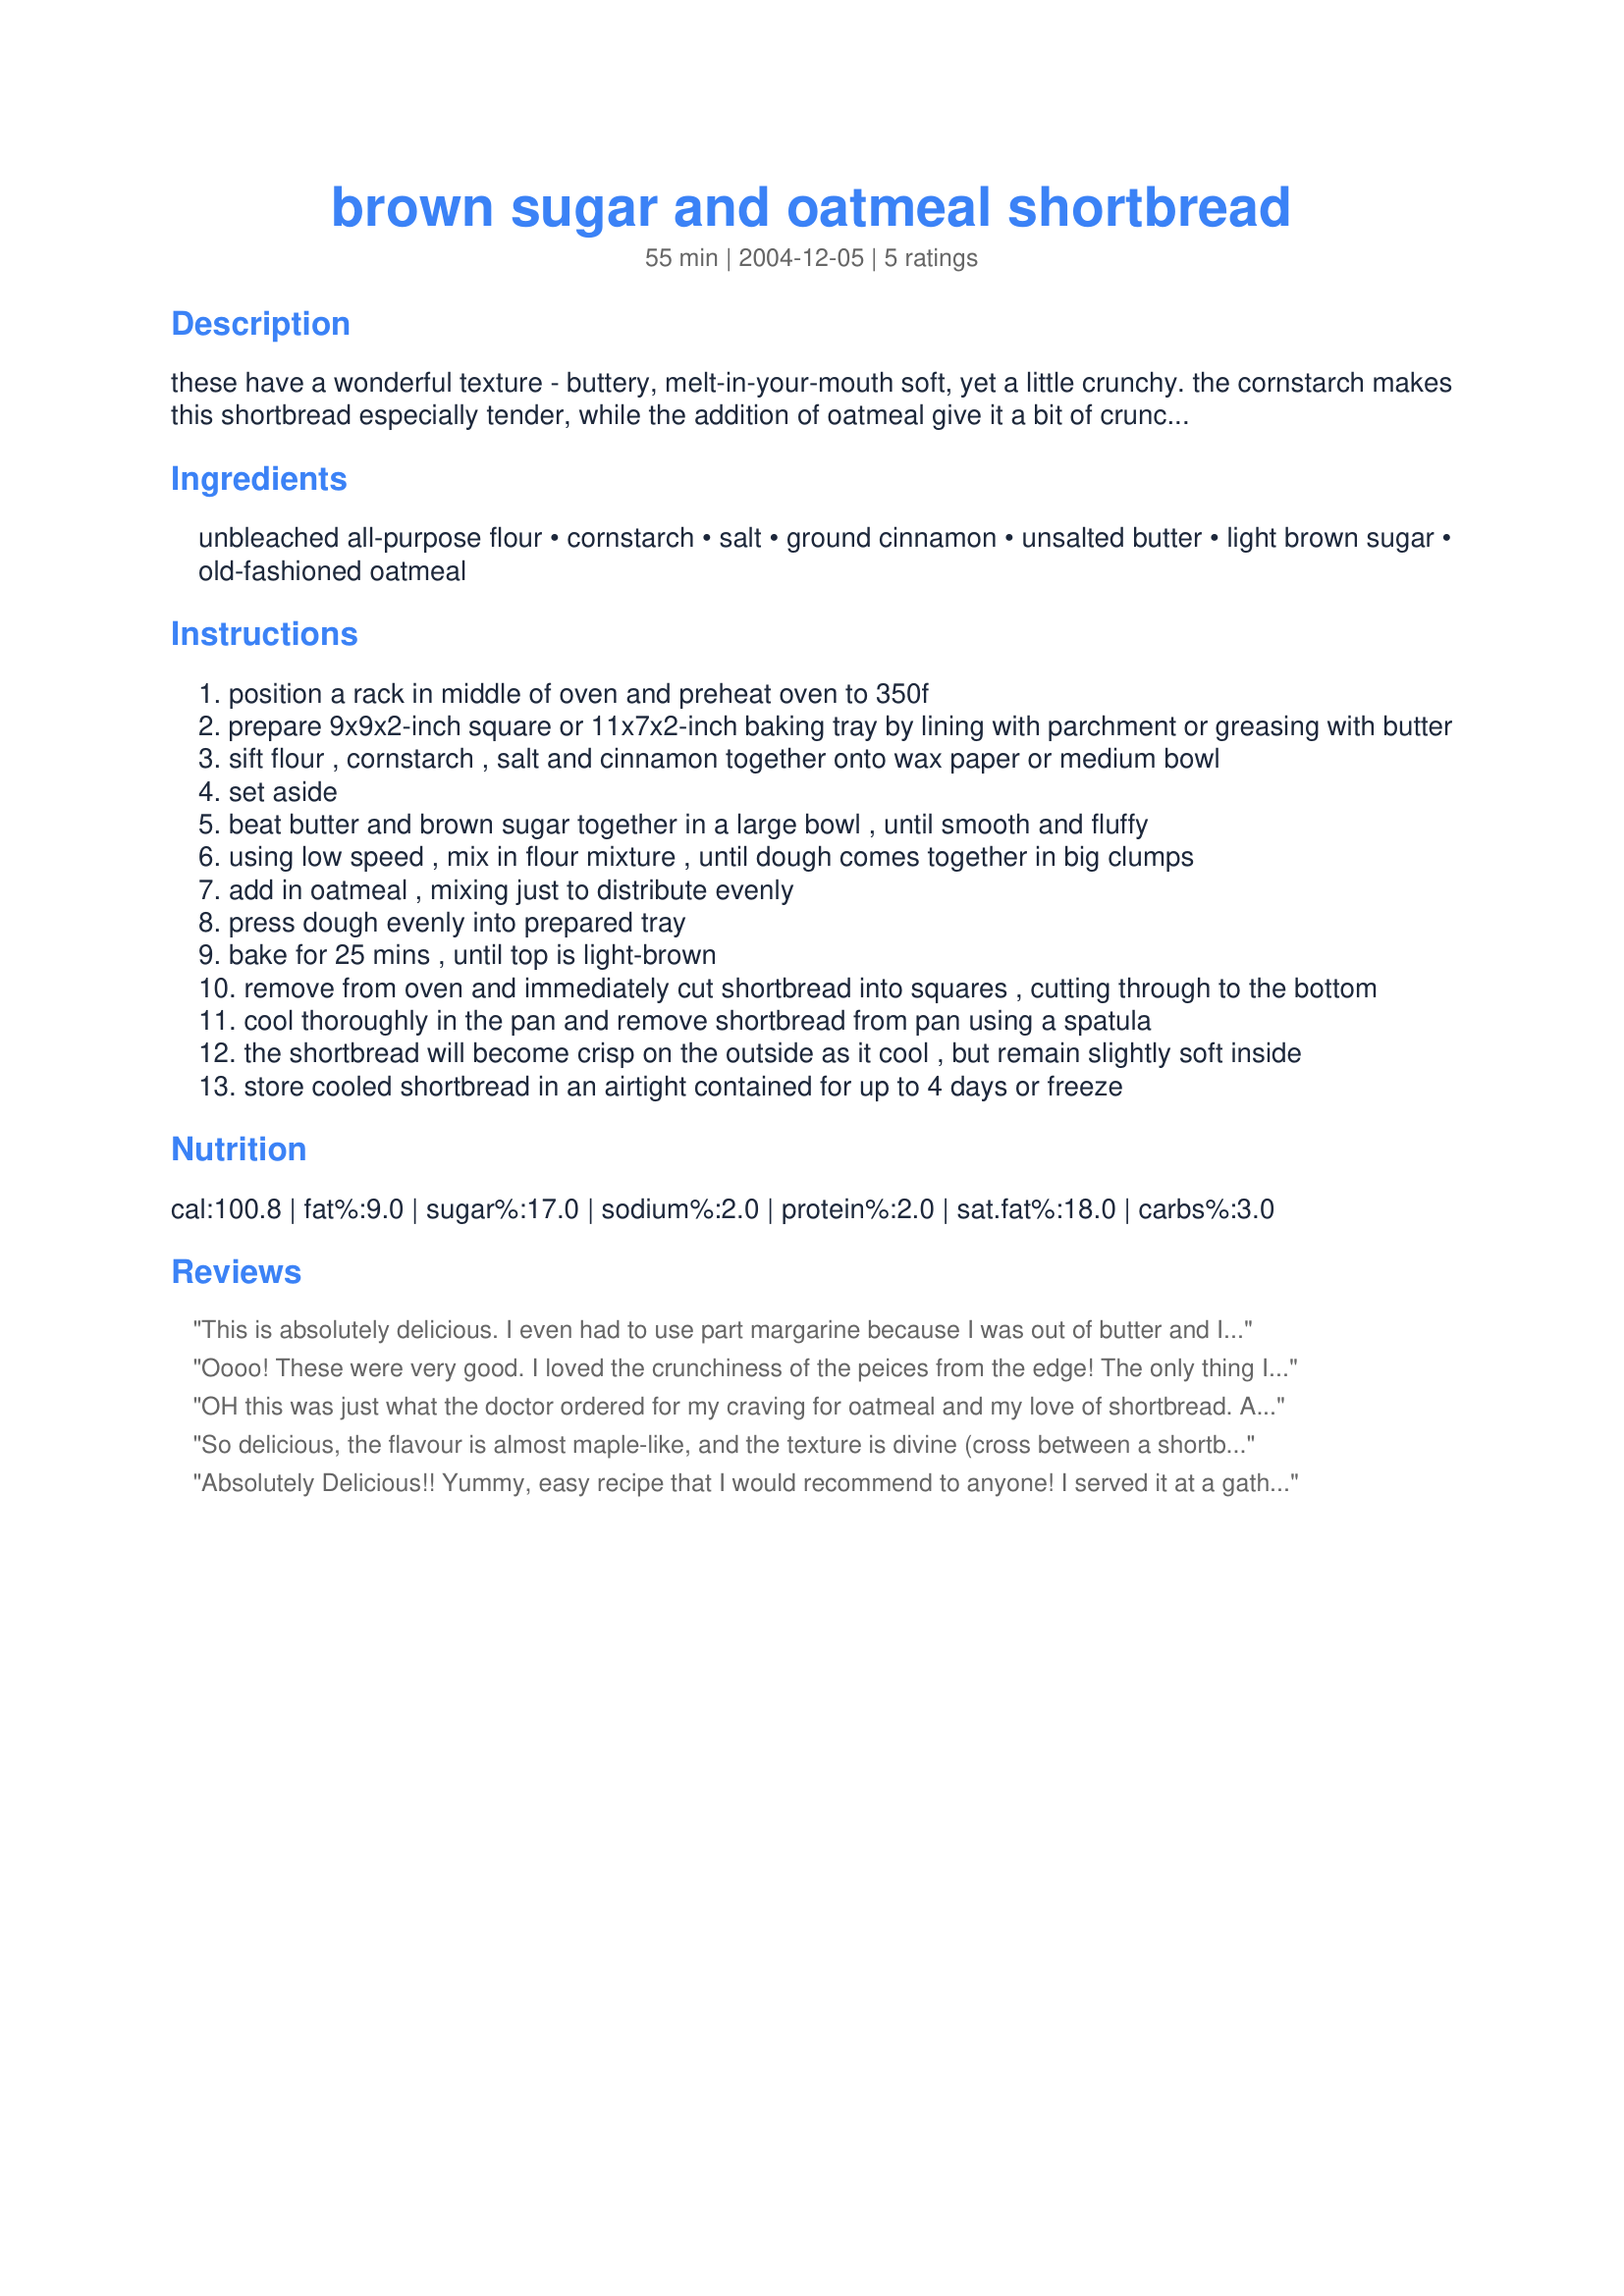
brown sugar and oatmeal shortbread
Preparation time: 55 minutes

these have a wonderful texture - buttery, melt-in-your-mouth soft, yet a little crunchy. the cornstarch makes this shortbread especially tender, while the addition of oatmeal give it a bit of crunch. using old-fashioned oats instead of quick-cooking will provide more crunch. recipe by elinor klivans. these can be made ahead and frozen up to 3 months. wrap them tightly with plastic wrap, then seal in a clean plastic/metal container.

Ingredients:
unbleached all-purpose flour, cornstarch, salt, ground cinnamon, unsalted butter, light brown sugar, old-fashioned oatmeal

Steps:
position a rack in middle of oven and preheat oven to 350f
prepare 9x9x2-inch square or 11x7x2-inch baking tray by lining with parchment or greasing with butter
sift flour , cornstarch , salt and cinnamon together onto wax paper or medium bowl
set aside
beat butter and brown sugar together in a large bowl , until smooth and fluffy
using low speed , mix in flour mixture , until dough comes together in big clumps
add in oatmeal , mixing just to distribute evenly
press dough evenly into prepared tray
bake for 25 mins , until top is light-brown
remove from oven and immediately cut shortbread into squares , cutting through to the bottom
cool thoroughly in the pan and remove shortbread from pan using a spatula
the shortbread will become crisp on the outside as it cool , but remain slightly soft inside
store cooled shortbread in an airtight contained for up to 4 days or freeze

Reviews:
This is absolutely delicious. I even had to use part margarine because I was out of butter and I overcooked it just a bit and it was STILL addictively good. I made a double recipe and it didn't last 24 hours. As a side note, just for info, someone dropped one on the floor and one of my snackaholic dogs got it and for the rest of the day, he stood watch in the kitchen, hoping and praying someone would drop another crumb.
Oooo! These were very good. I loved the crunchiness of the peices from the edge! The only thing I would do different is next time I will not add salt, but just use salted butter instead, as I think it was just a tad bit too salty, but all in all I thought they were great Watermelon! Thanks!
OH this was just what the doctor ordered for my craving for oatmeal and my love of shortbread. All I had on hand was dark brown sugar and it came out wonderful. This is a keeper that will be made plenty around my house.
So delicious, the flavour is almost maple-like, and the texture is divine (cross between a shortbread and a cookie). I pressed into a 13X8X2 pan and this made them even crisper. I also used dark brown sugar and salted butter (omitting the salt). I will be making this again!
Absolutely Delicious!! Yummy, easy recipe that I would recommend to anyone! I served it at a gathering today, and people were complimenting me left and right :) thanks!
